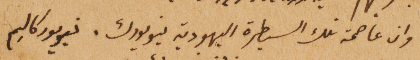
وان عاصمة تلك السيطرة اليهودية نيويورك. نيويوركاليم